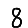
Digit: 8